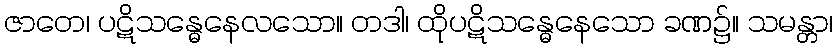
ဇာတေ၊ ပဋိသန္ဓေနေလသော။ တဒါ၊ ထိုပဋိသန္ဓေနေသော ခဏ၌။ သမန္တာ၊